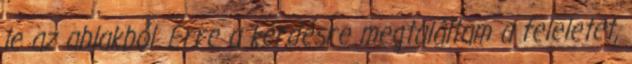
le az ablakból. Erre a kérdésre megtaláltam a feleletet,